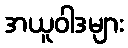
အယူဝါဒများ